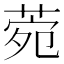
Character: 菀